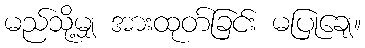
မည်သို့မျှ အားထုတ်ခြင်း မပြုချေ။